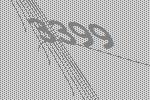
3399